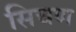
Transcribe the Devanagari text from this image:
सिचण